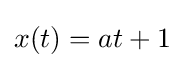
x(t)=at+1